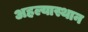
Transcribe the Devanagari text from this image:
अहल्यास्थान